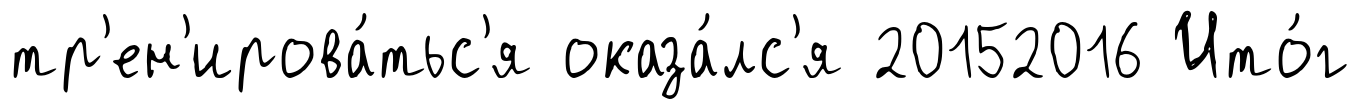
тр'ен'ирова́тьс'я оказа́лс'я 20152016 Ито́г